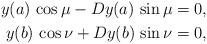
LaTeX: \begin{align*}y(a)\,\cos \mu - D y(a)\, \sin \mu=0, \\y(b)\,\cos \nu + D y(b)\, \sin \nu =0, \end{align*}